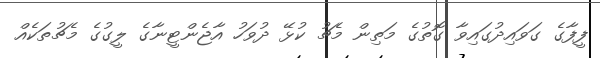
ފީފާގެ ގަވައިދުގައިވާ ގޮތުގެ މަތިން މެޗު ކުޅޭ ދުވަހު އާޖެންޓީނާގެ ލީގުގެ މެޗުތަކެއް